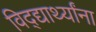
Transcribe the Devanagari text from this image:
विद्द्यार्थ्यांना